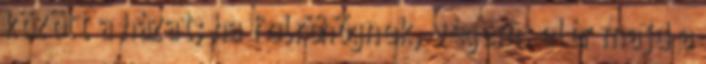
között a házat; ha felröhögnek, végem: elér majd a